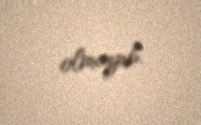
olmayıb.